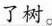
了树。